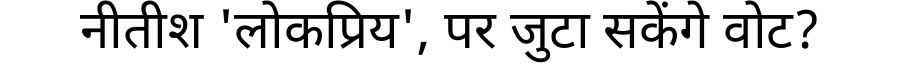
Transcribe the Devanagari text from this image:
नीतीश 'लोकप्रिय', पर जुटा सकेंगे वोट?